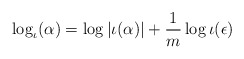
\begin{align*} \log_\iota (\alpha)= \log |\iota(\alpha)| +\frac{1}{m}\log \iota (\epsilon)\end{align*}